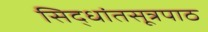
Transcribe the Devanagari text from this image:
सिद्धांतसूत्रपाठ